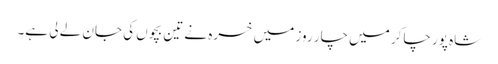
شاہ پور چاکر میں چار روز میں خسرہ نے تین بچوں کی جان لے لی ہے۔